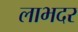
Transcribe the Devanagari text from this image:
लाभदर